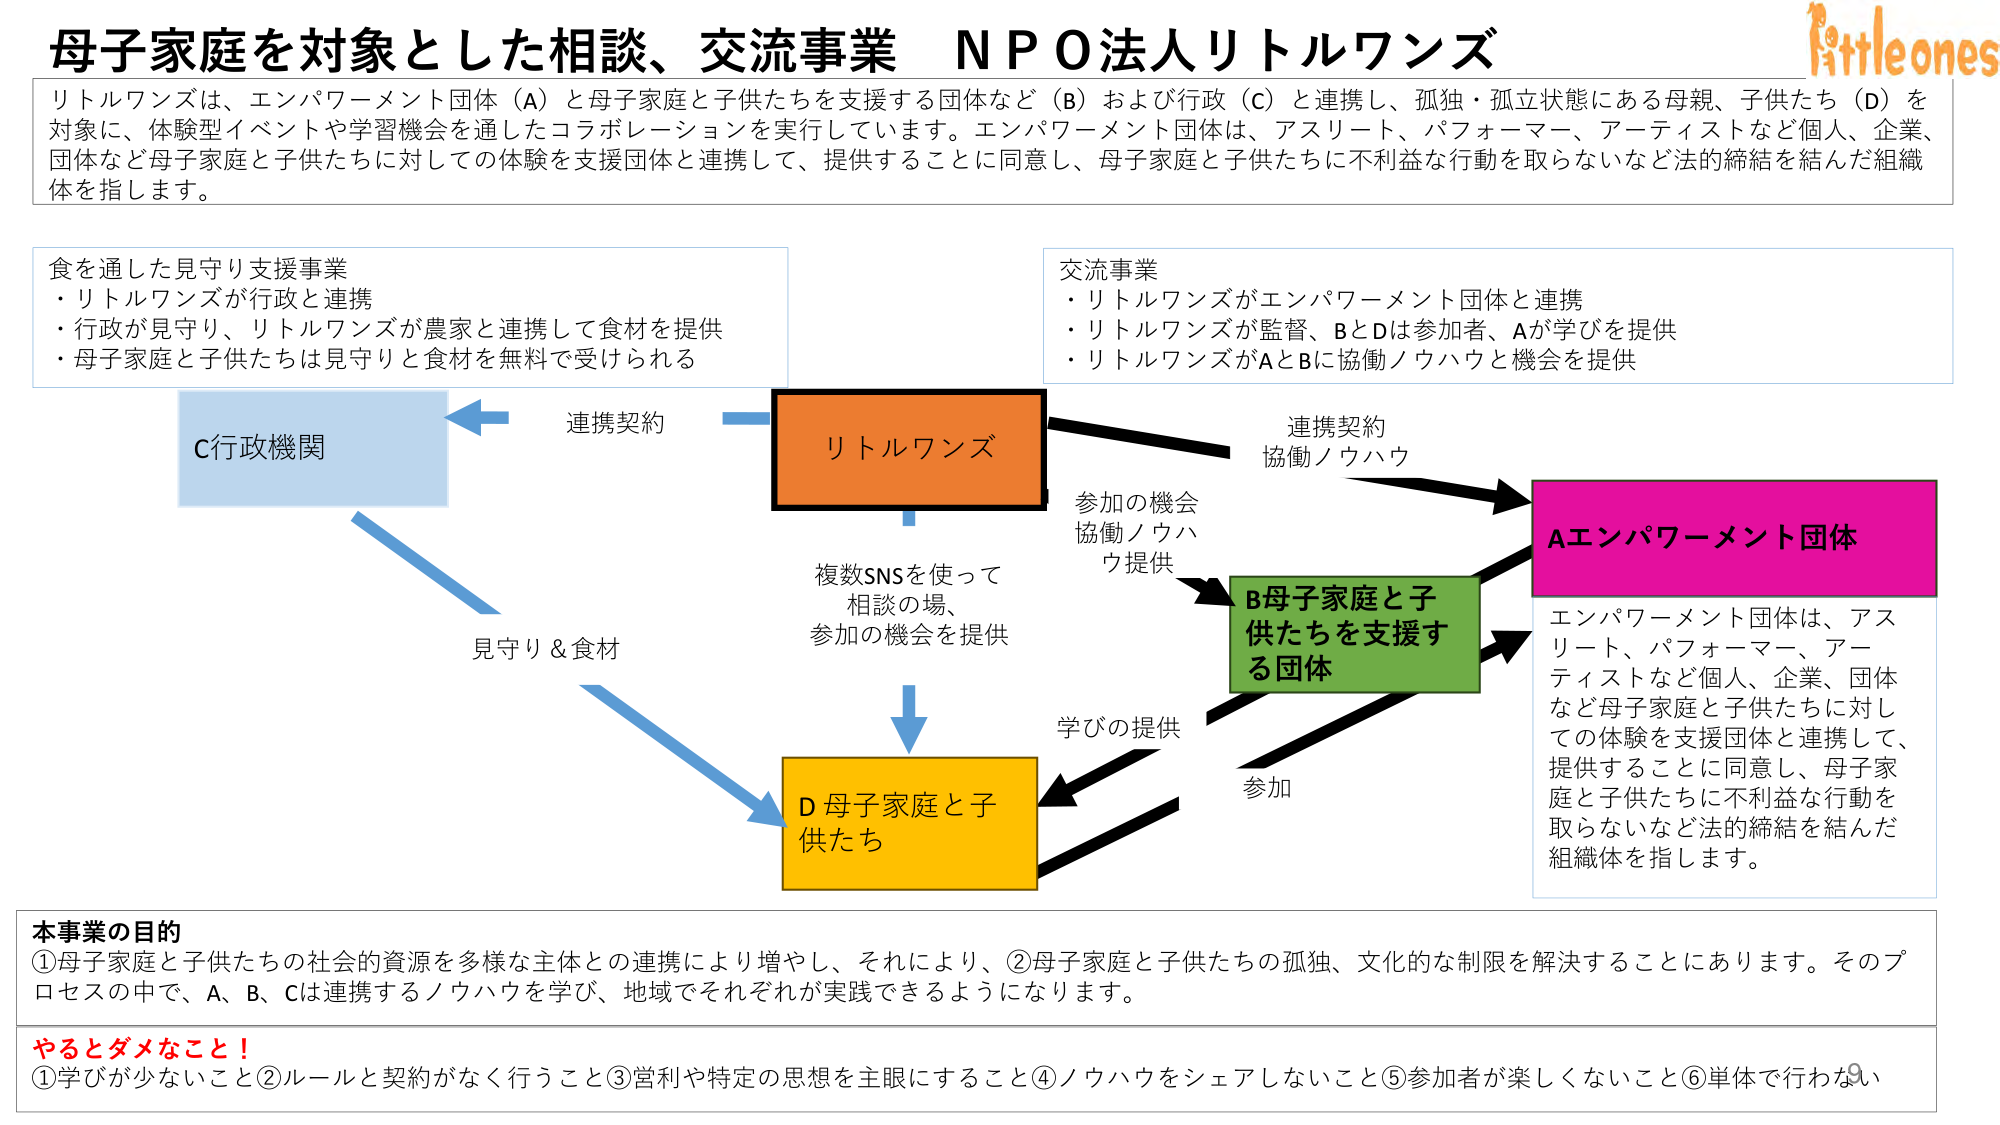
母子家庭を対象とした相談、交流事業　ＮＰＯ法人リトルワンズ

リトルワンズは、エンパワーメント団体（Ａ）と母子家庭と子供たちを支援する団体など（Ｂ）および行政（Ｃ）と連携し、孤独・孤立状態にある母親、子供たち（Ｄ）を対象に、体験型イベントや学習機会を通したコラボレーションを実行しています。エンパワーメント団体は、アスリート、パフォーマー、アーティストなど個人、企業、団体など母子家庭と子供たちに対しての体験を支援団体と連携して、提供することに同意し、母子家庭と子供たちに不利益な行動を取らないなど法的締結を結んだ組織体を指します。

食を通した見守り支援事業
・リトルワンズが行政と連携
・行政が見守り、リトルワンズが農家と連携して食材を提供
・母子家庭と子供たちは見守りと食材を無料で受けられる

交流事業
・リトルワンズがエンパワーメント団体と連携
・リトルワンズが監督、ＢとＤは参加者、Ａが学びを提供
・リトルワンズがＡとＢに協働ノウハウと機会を提供

Ｃ行政機関